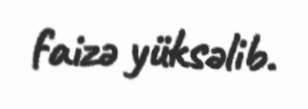
faizə yüksəlib.